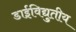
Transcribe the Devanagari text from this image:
डाईविद्युतीय